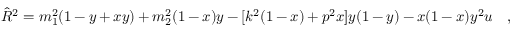
\hat { R } ^ { 2 } = m _ { 1 } ^ { 2 } ( 1 - y + x y ) + m _ { 2 } ^ { 2 } ( 1 - x ) y - [ k ^ { 2 } ( 1 - x ) + p ^ { 2 } x ] y ( 1 - y ) - x ( 1 - x ) y ^ { 2 } u \quad ,